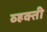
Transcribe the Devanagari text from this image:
व्हक्ती